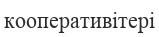
кооперативітері